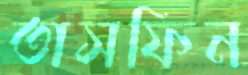
তাসফিন